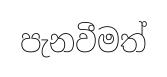
පැනවීමත්